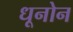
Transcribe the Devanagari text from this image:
धूनोन